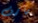
مارف